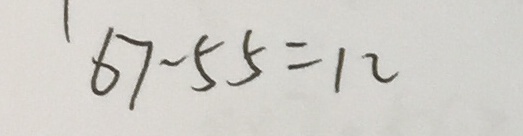
6 7 - 5 5 = 1 2